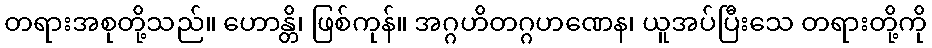
တရားအစုတို့သည်။ ဟောန္တိ၊ ဖြစ်ကုန်။ အဂ္ဂဟိတဂ္ဂဟဏေန၊ ယူအပ်ပြီးသေ တရားတို့ကို